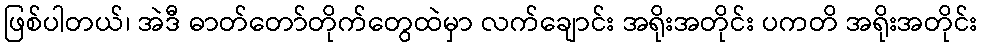
ဖြစ်ပါတယ်၊ အဲဒီ ဓာတ်တော်တိုက်တွေထဲမှာ လက်ချောင်း အရိုးအတိုင်း ပကတိ အရိုးအတိုင်း